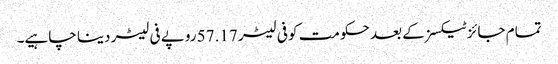
تمام جائز ٹیکسز کے بعد حکومت کو فی لیٹر 57.17 روپے فی لیٹر دینا چاہیے۔